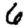
Digit: 6